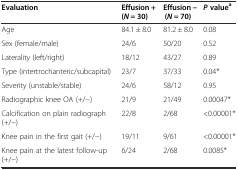
<table><thead><tr><td><b>Evaluation</b></td><td><b>Effusion + (<i>N</i> = 30)</b></td><td><b>Effusion − (<i>N</i> = 70)</b></td><td><b><i>P</i>value<sup>a</sup></b></td></tr></thead><tbody><tr><td>Age</td><td>84.1 ± 8.0</td><td>81.2 ± 8.0</td><td>0.08</td></tr><tr><td>Sex (female/male)</td><td>24/6</td><td>50/20</td><td>0.52</td></tr><tr><td>Laterality (left/right)</td><td>18/12</td><td>43/27</td><td>0.89</td></tr><tr><td>Type (intertrochanteric/subcapital)</td><td>23/7</td><td>37/33</td><td>0.04*</td></tr><tr><td>Severity (unstable/stable)</td><td>24/6</td><td>58/12</td><td>0.95</td></tr><tr><td>Radiographic knee OA (+/−)</td><td>21/9</td><td>21/49</td><td>0.00047*</td></tr><tr><td>Calcification on plain radiograph (+/−)</td><td>22/8</td><td>2/68</td><td>&lt;0.00001*</td></tr><tr><td>Knee pain in the first gait (+/−)</td><td>19/11</td><td>9/61</td><td>&lt;0.00001*</td></tr><tr><td>Knee pain at the latest follow-up (+/−)</td><td>6/24</td><td>2/68</td><td>0.0085*</td></tr></tbody></table>